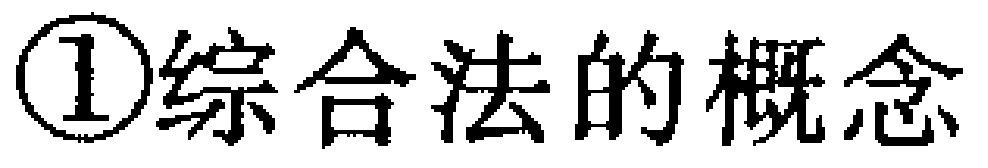
\textcircled{1}综合法的概念